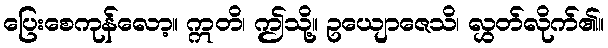
ပြေးစေကုန်လော့။ ဣတိ၊ ဤသို့။ ဥယျောဇေသိ၊ လွှတ်လိုက်၏။